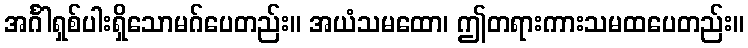
အင်္ဂါရှစ်ပါးရှိသောမဂ်ပေတည်း။ အယံသမထော၊ ဤတရားကားသမထပေတည်း။